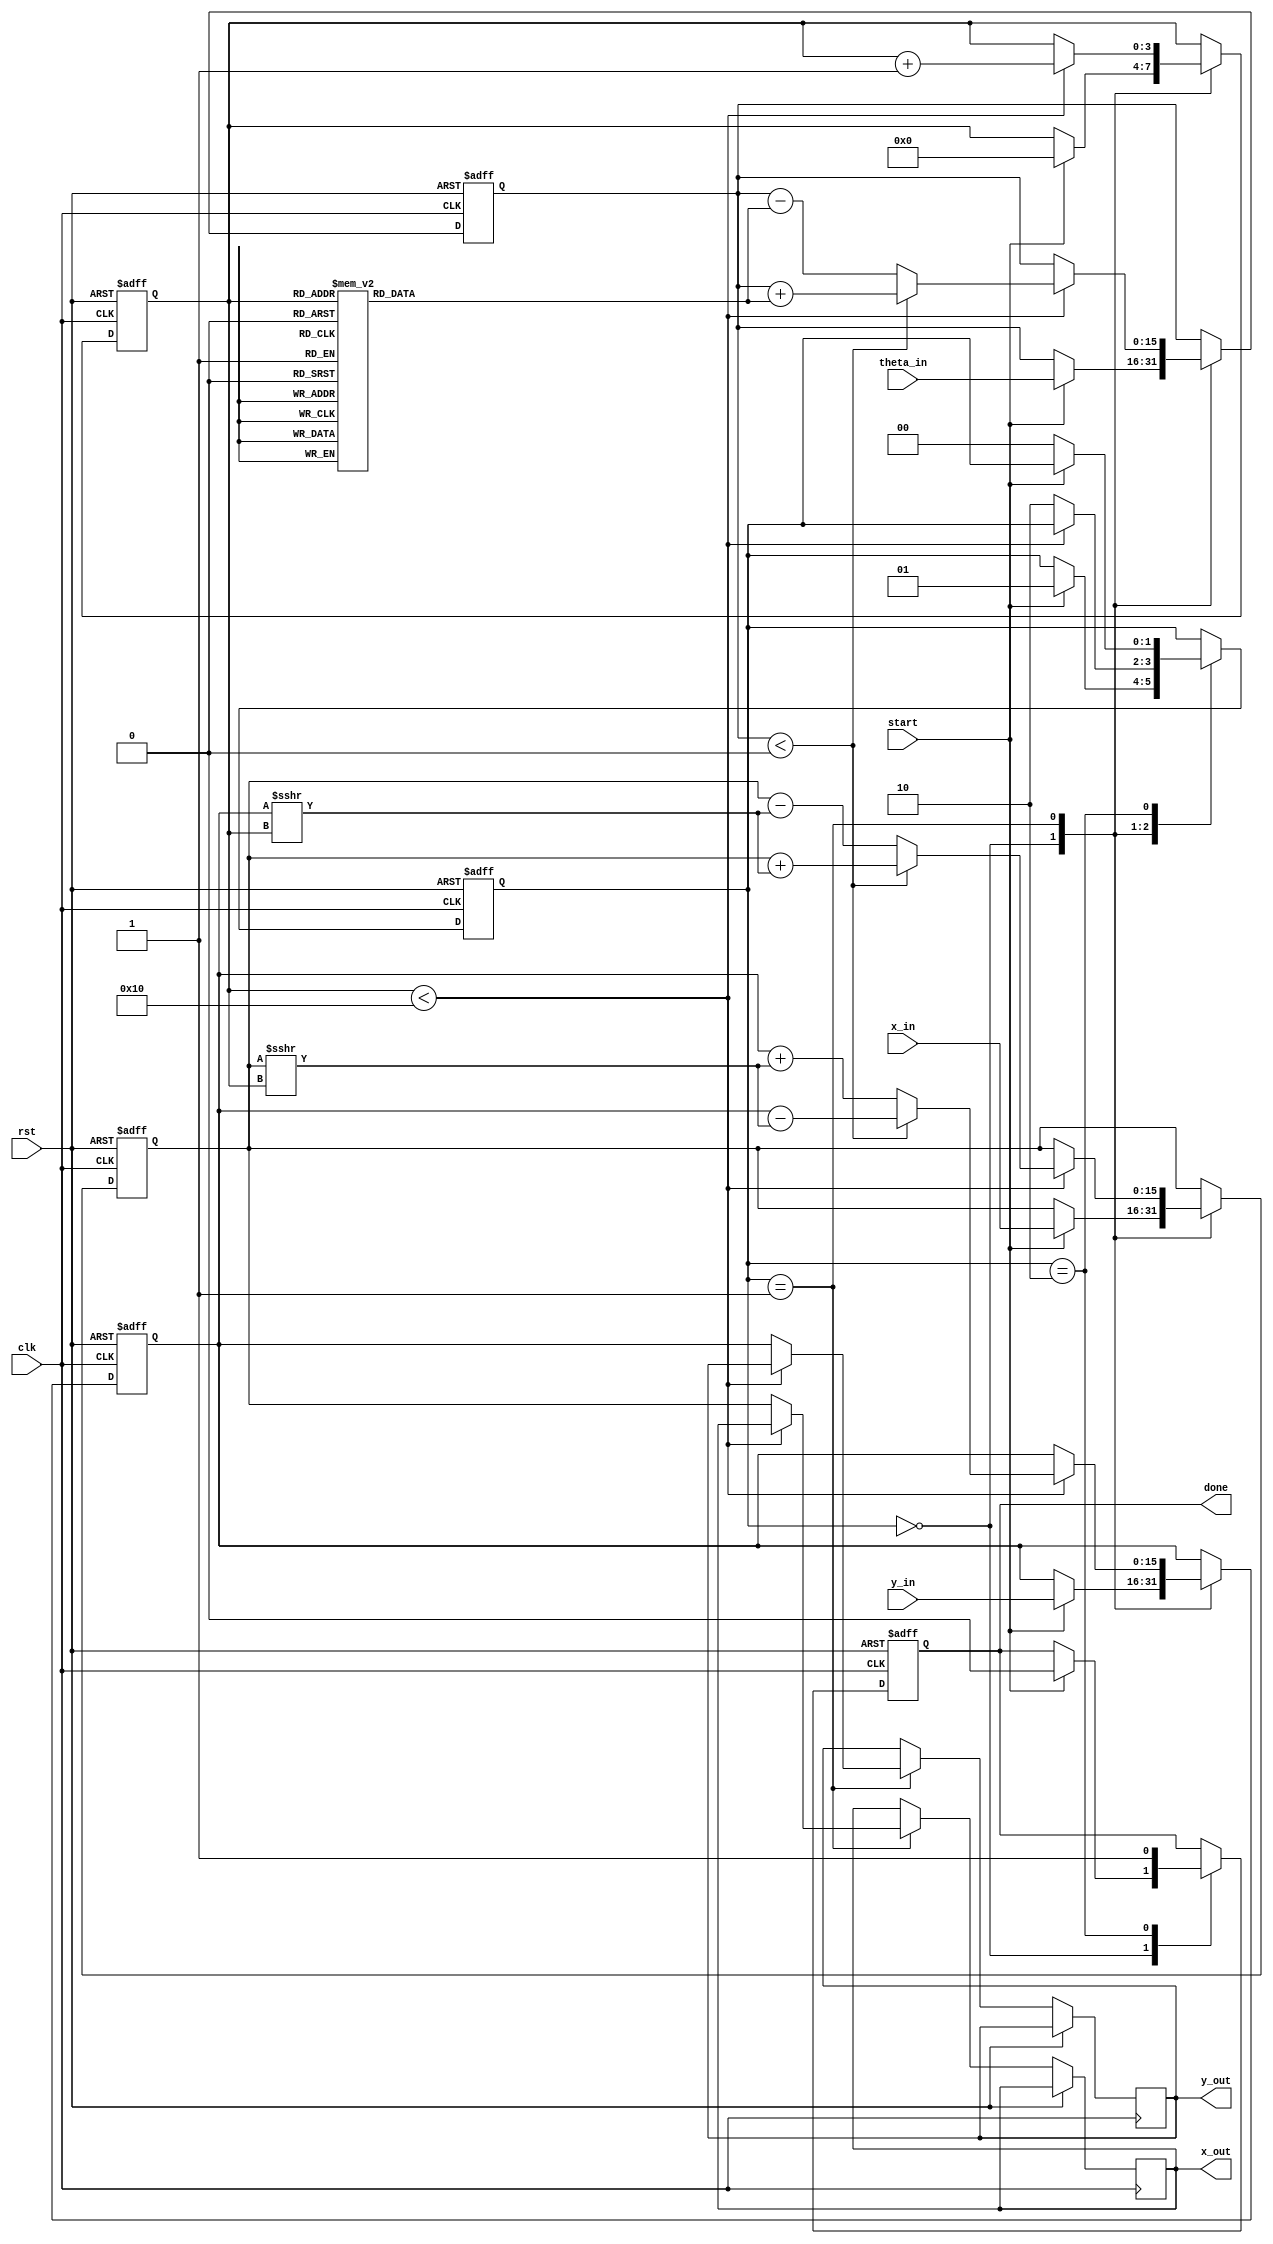
module cordic_fixed_point #(
    parameter WIDTH_X = 16,      // Width of x input
    parameter WIDTH_Y = 16,      // Width of y input
    parameter WIDTH_THETA = 16,   // Width of theta input
    parameter N_ITER = 16         // Number of iterations
)(
    input wire clk,
    input wire rst,
    input wire start,
    input wire signed [WIDTH_X-1:0] x_in,
    input wire signed [WIDTH_Y-1:0] y_in,
    input wire signed [WIDTH_THETA-1:0] theta_in,
    output reg signed [WIDTH_X-1:0] x_out,
    output reg signed [WIDTH_Y-1:0] y_out,
    output reg done
);

    // CORDIC rotation angles (arctan(2^-i) in fixed-point format)
    reg signed [WIDTH_THETA-1:0] atan_table [0:N_ITER-1];
    initial begin
        atan_table[0] = 16'h2000; // atan(1) = 45 degrees in fixed-point
        atan_table[1] = 16'h1666; // atan(1/2) = 26.565 degrees
        atan_table[2] = 16'h0D89; // atan(1/4) = 14.036 degrees
        atan_table[3] = 16'h05A8; // atan(1/8) = 7.125 degrees
        // ... Fill in the rest of the atan values for N_ITER
        // For simplicity, only a few values are shown here.
    end

    // Internal registers
    reg signed [WIDTH_X-1:0] x_reg;
    reg signed [WIDTH_Y-1:0] y_reg;
    reg signed [WIDTH_THETA-1:0] theta_reg;
    reg [3:0] iteration; // Counter for iterations
    reg [1:0] state;     // FSM state

    // State encoding
    localparam IDLE = 2'b00;
    localparam RUN  = 2'b01;
    localparam DONE = 2'b10;

    // CORDIC iteration logic
    always @(posedge clk or posedge rst) begin
        if (rst) begin
            x_reg <= 0;
            y_reg <= 0;
            theta_reg <= 0;
            iteration <= 0;
            state <= IDLE;
            done <= 0;
        end else begin
            case (state)
                IDLE: begin
                    if (start) begin
                        x_reg <= x_in;
                        y_reg <= y_in;
                        theta_reg <= theta_in;
                        iteration <= 0;
                        state <= RUN;
                        done <= 0;
                    end
                end
                RUN: begin
                    if (iteration < N_ITER) begin
                        if (theta_reg < 0) begin
                            // Rotate clockwise
                            x_reg <= x_reg + (y_reg >>> iteration);
                            y_reg <= y_reg - (x_reg >>> iteration);
                            theta_reg <= theta_reg + atan_table[iteration];
                        end else begin
                            // Rotate counter-clockwise
                            x_reg <= x_reg - (y_reg >>> iteration);
                            y_reg <= y_reg + (x_reg >>> iteration);
                            theta_reg <= theta_reg - atan_table[iteration];
                        end
                        iteration <= iteration + 1;
                    end else begin
                        // Finished iterations
                        x_out <= x_reg;
                        y_out <= y_reg;
                        state <= DONE;
                    end
                end
                DONE: begin
                    done <= 1;
                    if (!start) begin
                        state <= IDLE; // Reset state on new start
                    end
                end
            endcase
        end
    end

endmodule